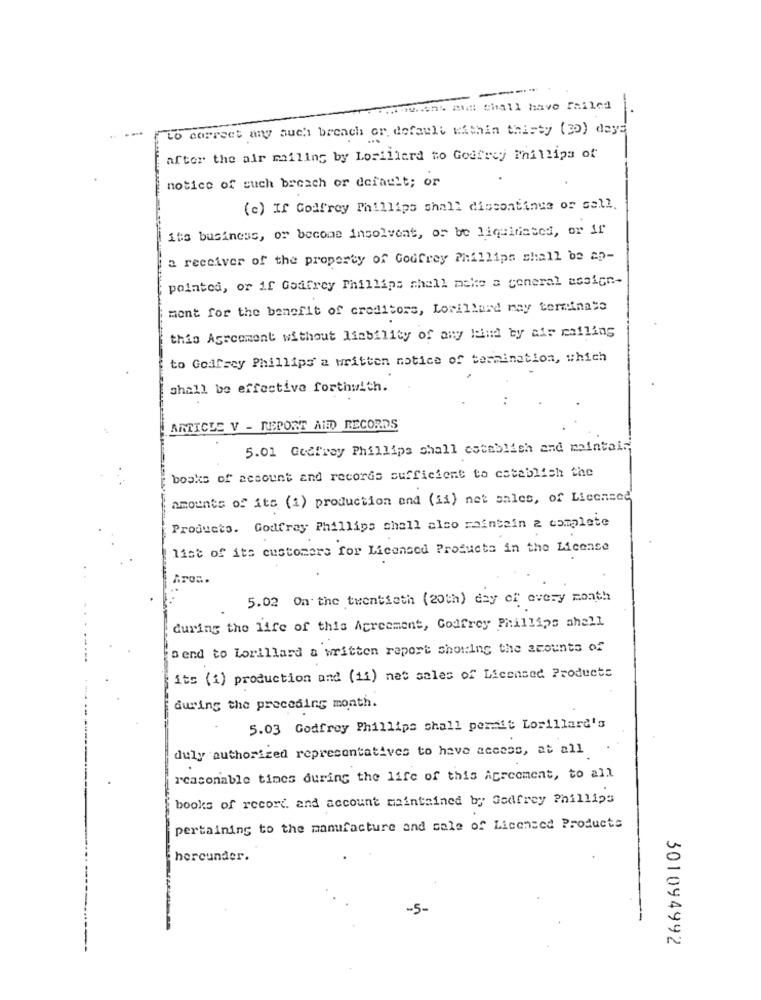
-
Huit ANS Shall have failed
to correct any such breach or default within thisty (30) days
after the air mailing by Lorillard to Godfrey Phillips of
notice of such breach or default; or
(c) If Godfrey Phillips shall discontinue or sell.
its business, or become insolvent, os be liquidated, or if
a receiver of the property of Godfrey Phillips shall be ap-
pointed, or if Godfrey Phillips shall make a general assign-
mont for the benefit of creditors, Lorillard may terminate
this Agreement without liability of any kind ty air mailing
to Godfrey Phillips' a written notice of termination, which
shall be effective forthwith.
ARTICLE V - REPORT AID RECORDS
5.01 Godtway Phillips shall establish and maintain;
books of account and records sufficient to establish the
amounts of its (1) production and (ii) net sales, of Licensed
Products. Godfrey Phillips chall also maintain 2 complete
list of its customers for Licensed Products in the License
Ares
5.02 On the twentieth (20th) day of every month
during the life of this Agreement, Godfrey Phillips ahell
fsend to Lorillard a written report showing the amounts of
its (i) production and (11) net sales of Licensed Products
during the preceding month.
5.03 Godfrey Phillips shall permit Lorillard's
duly authorized representatives to have access, at all
reasonable times during the life of this Agreement, to all
books of record and account maintained by Godfrey Phillips
pertaining to the manufacture and sale of Licensed Products
hereunder.
-5-
301094992